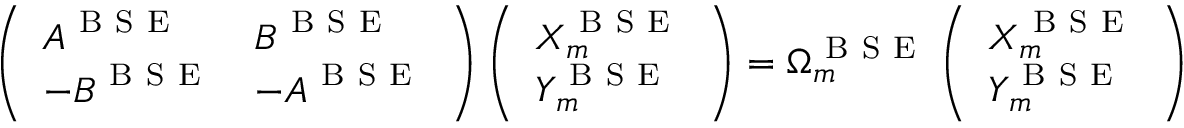
\left( \begin{array} { l l } { \boldsymbol { A } ^ { \mathrm { ~ B ~ S ~ E ~ } } } & { \boldsymbol { B } ^ { \mathrm { ~ B ~ S ~ E ~ } } } \\ { - \boldsymbol { B } ^ { \mathrm { ~ B ~ S ~ E ~ } } } & { - \boldsymbol { A } ^ { \mathrm { ~ B ~ S ~ E ~ } } } \end{array} \right) \left( \begin{array} { l } { \boldsymbol { X } _ { m } ^ { \mathrm { ~ B ~ S ~ E ~ } } } \\ { \boldsymbol { Y } _ { m } ^ { \mathrm { ~ B ~ S ~ E ~ } } } \end{array} \right) = \Omega _ { m } ^ { \mathrm { ~ B ~ S ~ E ~ } } \left( \begin{array} { l } { \boldsymbol { X } _ { m } ^ { \mathrm { ~ B ~ S ~ E ~ } } } \\ { \boldsymbol { Y } _ { m } ^ { \mathrm { ~ B ~ S ~ E ~ } } } \end{array} \right)